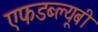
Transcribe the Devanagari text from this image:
एफडब्ल्यूबी